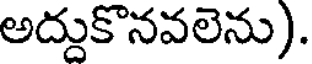
అద్దుకొనవలెను).